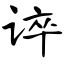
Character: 谇